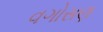
વગોસણ